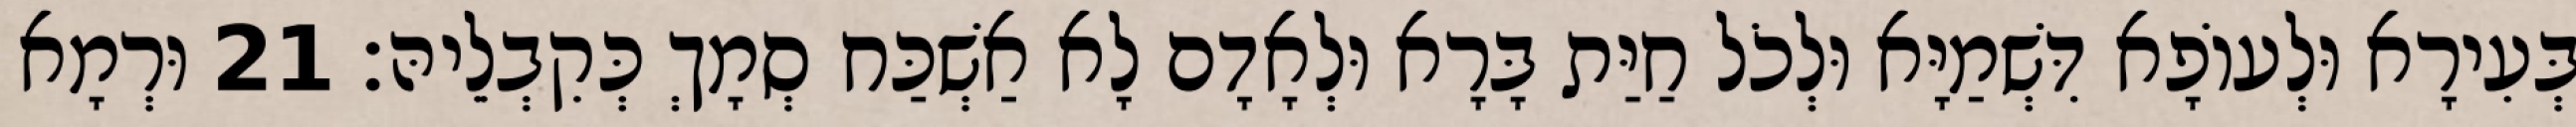
בְּעִירָא וּלְעוֹפָא דִּשְׁמַיָּא וּלְכֹל חַיַּת בָּרָא וּלְאָדָם לָא אַשְׁכַּח סְמָךְ כְּקִבְלֵיהּ׃ 21 וּרְמָא